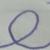
Signature authenticity: forged